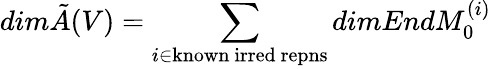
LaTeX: dim\tilde{A}(V)=\sum_{i\in\mathrm{known~irred~repns}}dimEndM_{0}^{(i)}